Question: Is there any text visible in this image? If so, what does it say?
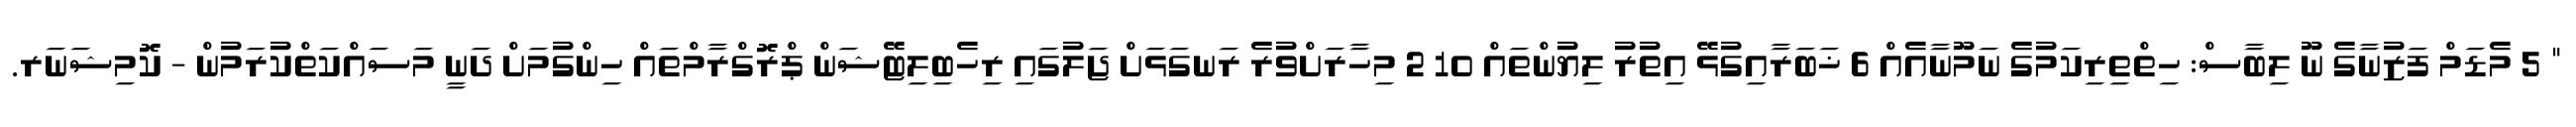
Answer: " 5 މެޑަމް ފަޒުނާގެ ނޫ ލިބާސް: ހިތްތިރިކަމުގެ ނަމޫނާއެއް 6 ޚަބަރާއިގުޅޭ އިތުރު ލިޔުންތައް 10 2 މިހާރަށްވުރެ ރަނގަޅަށް ޖަލުގައި ރިހެބިލިޓޭޝަން ޕްރޮގްރާމްތައް ހިންގުމަށް ދަނީ މަސައްކަތްކުރަމުން - ކޮމިޝަނަރ.